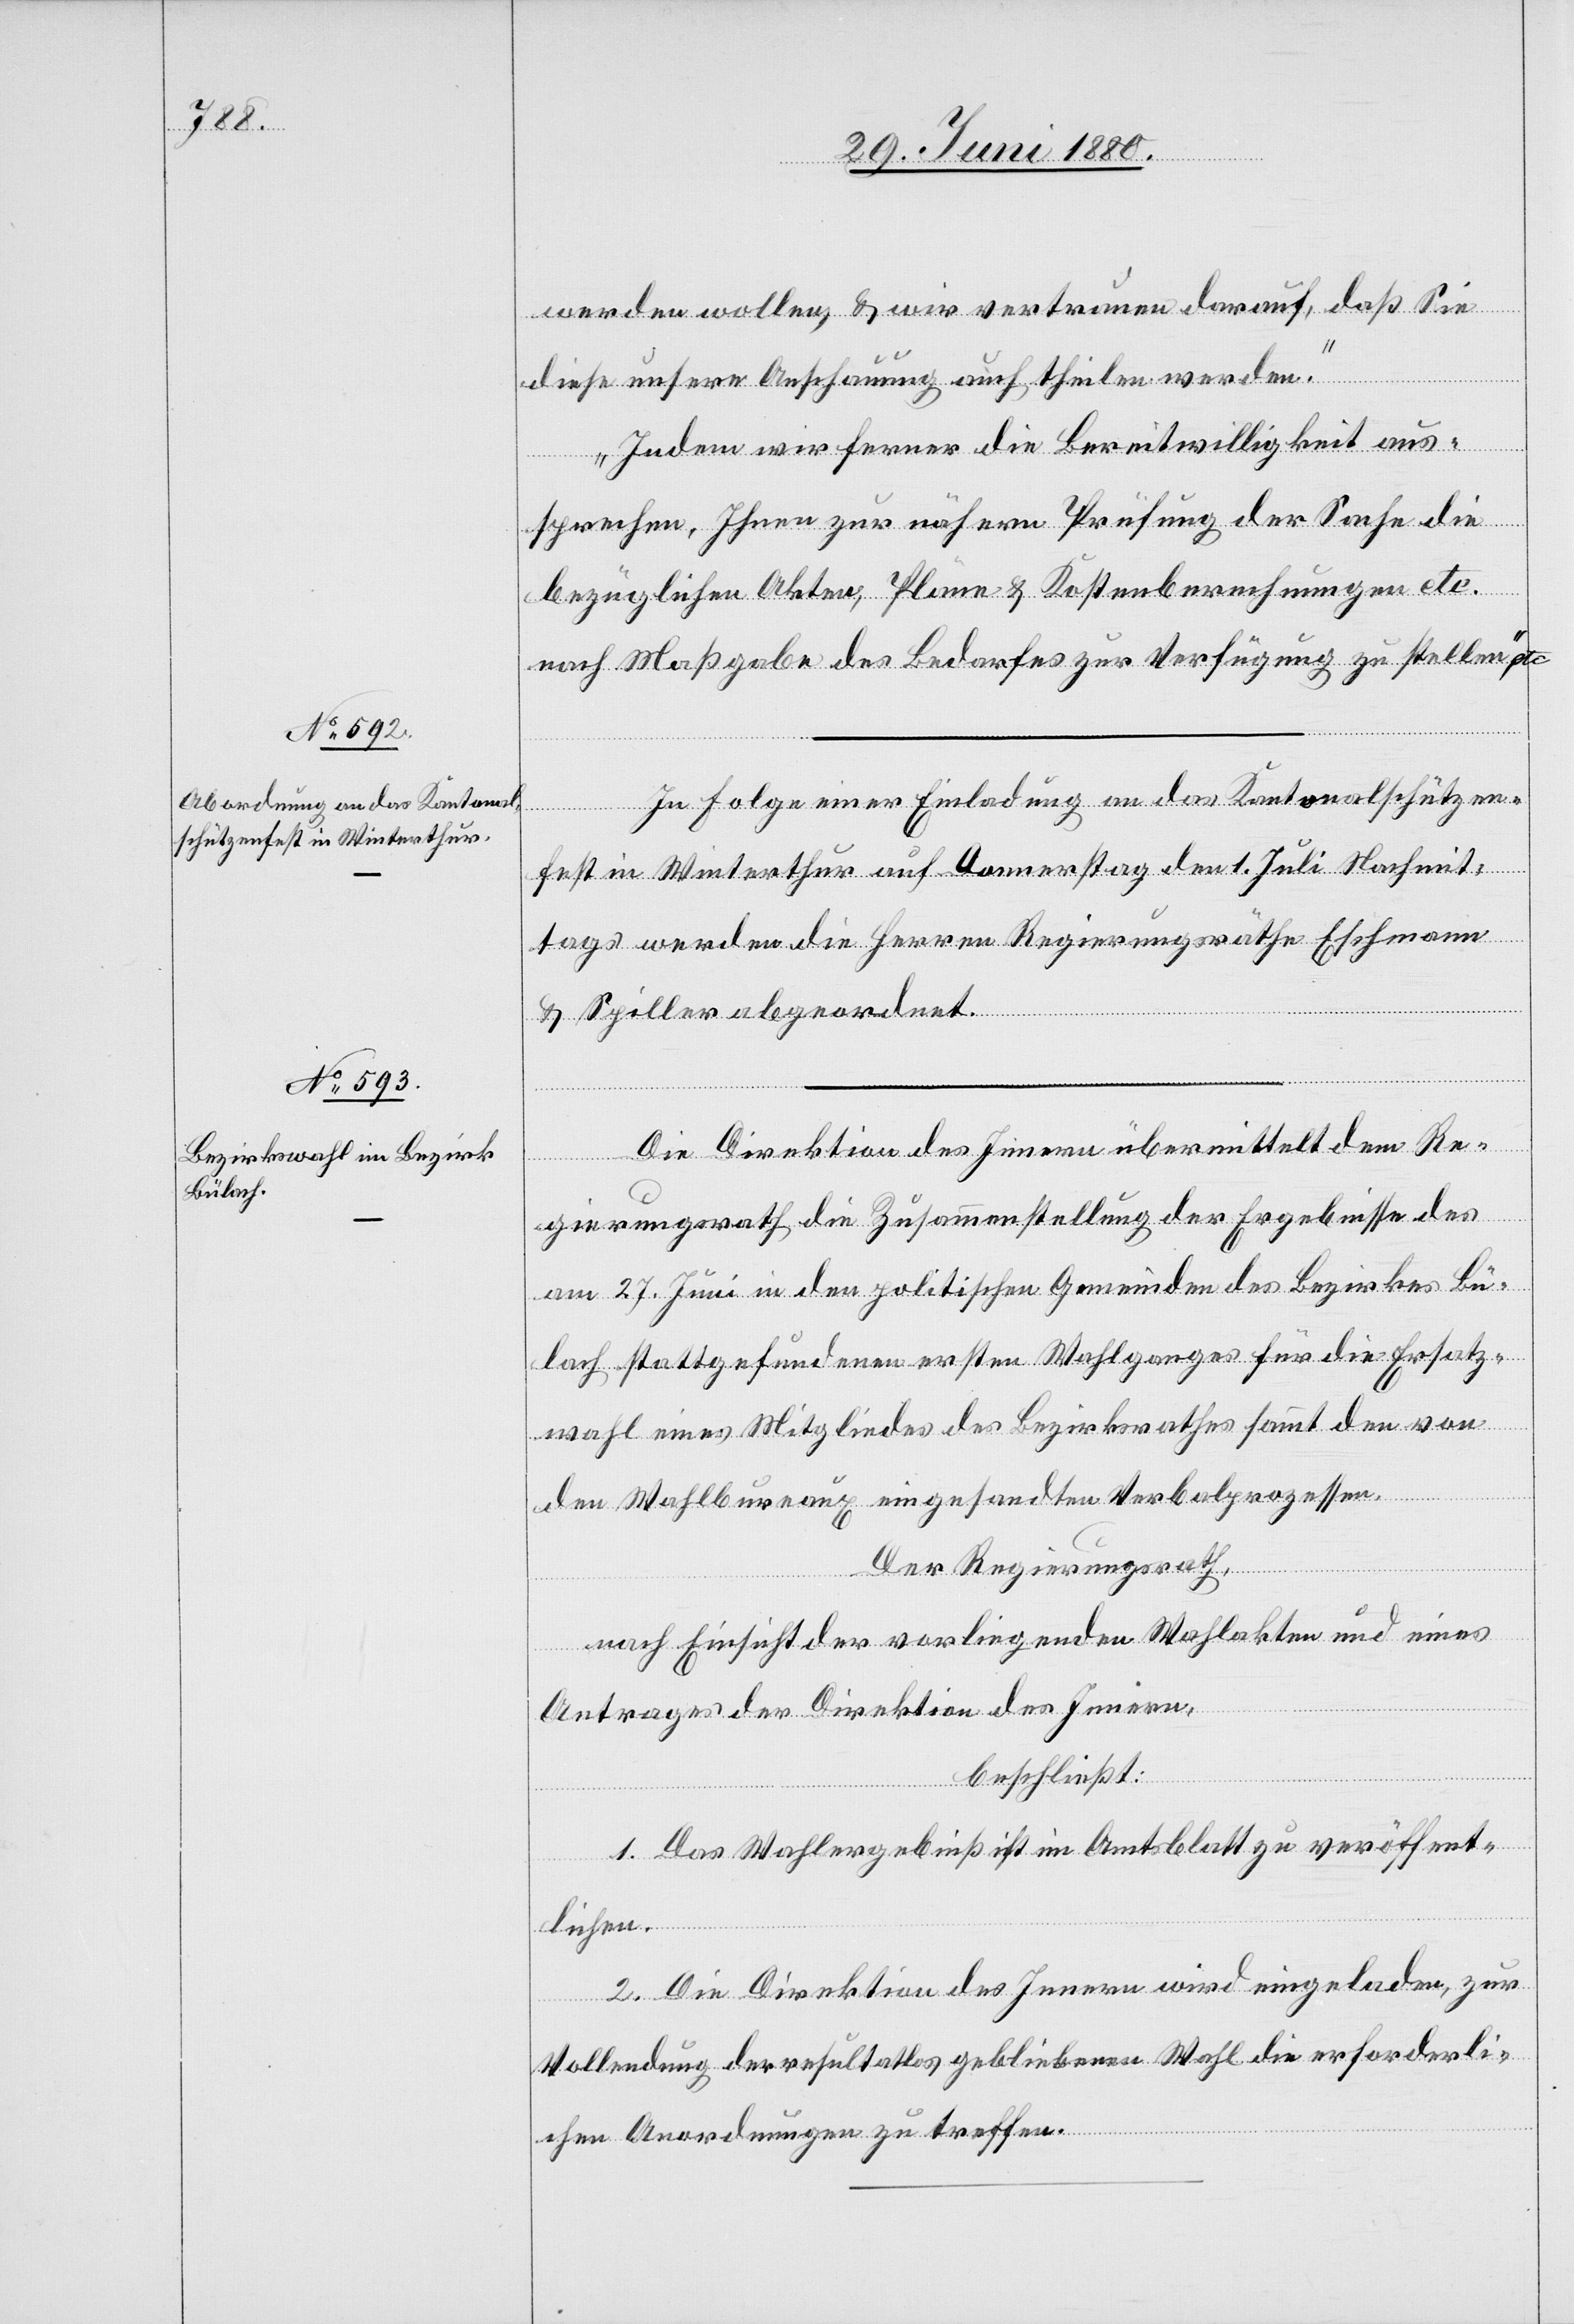
werden wollen, & wir vertrauen darauf, daß Sie
diese unsere Anschauung auch theilen werden.
Indem wir ferner die Bereitwilligkeit aus¬
sprechen, Ihnen zur nähern Prüfung der Sache die
bezüglichen Akten, Pläne & Kostenberechnungen etc.
nach Maßgabe des Bedarfes zur Verfügung zu stellen“ etc.
In Folge einer Einladung an das Kantonalschützen¬
fest in Winterthur auf Donnerstag den 1. Juli Nachmit¬
tags werden die Herren Regierungsräthe Eschmann
& Spiller abgeordnet.
Die Direktion des Innern übermittelt dem Re¬
gierungsrath die Zusammenstellung der Ergebnisse des
am 27. Juni in den politischen Gemeinden des Bezirkes Bü¬
lach stattgefundenen ersten Wahlganges für die Ersatz¬
wahl eines Mitgliedes des Bezirksrathes sammt den von
den Wahlbureaux eingesandten Verbalprozessen.
Der Regierungsrath,
nach Einsicht der vorliegenden Wahlakten und eines
Antrages der Direktion des Innern,
beschließt:
1. Das Wahlergebniß ist im Amtsblatt zu veröffent¬
lichen.
2. Die Direktion des Innern wird eingeladen, zur
Vollendung der resultatlos gebliebenen Wahl die erforderli¬
chen Anordnungen zu treffen.